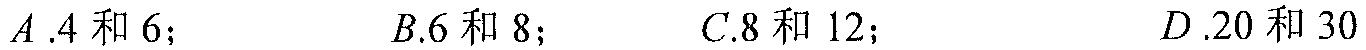
\(A.4\)和\(6\)； \(\ \ \ \ \ B.6\)和\(8\)； \(\ \ \ \ \ C.8\)和\(12\)； \(\ \ \ \ \ D.20\)和\(30\)